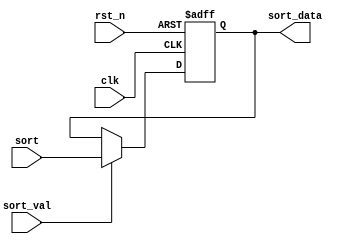
module P3(clk, rst_n, sort_val, sort, sort_data);

parameter data_width = 8;

input                        clk;
input                        rst_n;
input                        sort_val;
input      [data_width-1:0]  sort;
output reg [data_width- 1:0] sort_data;

always @(posedge clk or negedge rst_n) 
begin
    if (~rst_n) sort_data <= 8'b0;
    else if (sort_val) sort_data <= sort; 
end
endmodule